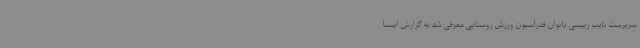
سرپرست نایب رییسی بانوان فدراسیون ورزش روستایی معرفی شد به گزارش ایسنا